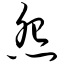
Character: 怨